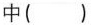
中()